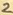
Text: 2